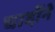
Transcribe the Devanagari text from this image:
चार्दोने